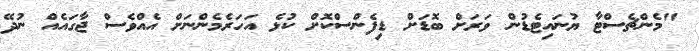
"މެންޗެސްޓާ ޔުނައިޓެޑުން ވަރަށް ބޮޑަށް ޑިފެންސްކޮށް ކުޅެ އަހަރެމެންނަށް އެއްވެސް ޖާގައެއް ނުދޭ